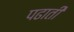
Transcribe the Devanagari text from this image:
पढाती